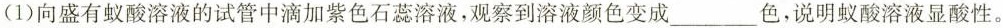
(1)向盛有蚁酸溶液的试管中滴加紫色石蕊溶液，观察到溶液颜色变成___色，说明蚁酸溶液显酸性。